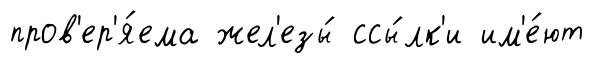
пров'ер'я́ема жел'езы́ ссы́лк'и им'е́ют